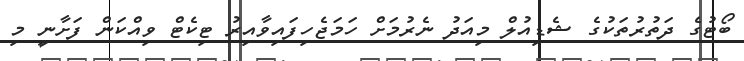
ބޯޓުގެ ދަތުރުތަކުގެ ޝެޑިއުލް މިއަދު ނެރުމަށް ހަމަޖެހިފައިވާއިރު ޓިކެޓް ވިއްކަން ފަށާނީ މި